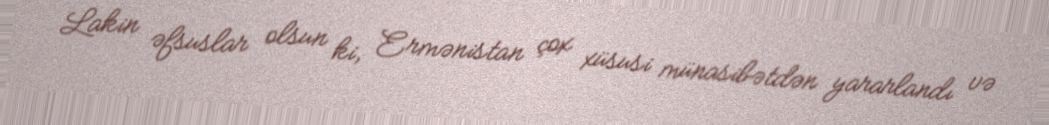
Lakin əfsuslar olsun ki, Ermənistan çox xüsusi münasibətdən yararlandı və